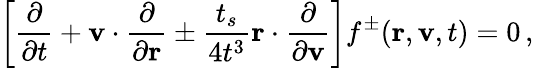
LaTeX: \left[\frac{\partial}{\partial t}+{\mathbf v}\cdot\frac{\partial}{\partial{\mathbf r}}\pm\frac{t_{s}}{4t^{3}}{\mathbf r}\cdot\frac{\partial}{\partial{\mathbf v}}\right]f^{\pm}({\mathbf r},{\mathbf v},t)=0\, ,